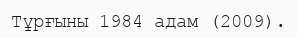
Тұрғыны 1984 адам (2009).